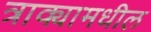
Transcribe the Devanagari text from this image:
त्राक्यामधील